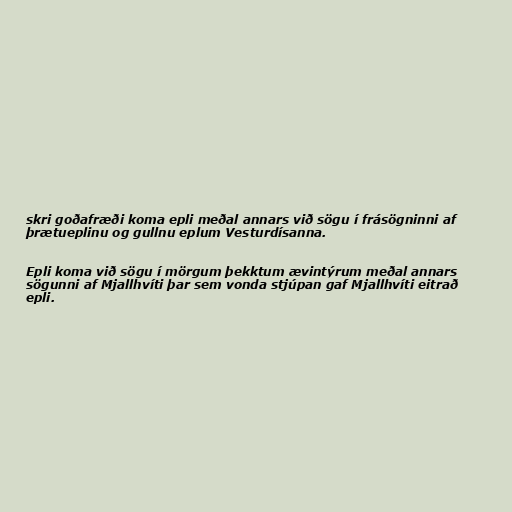
skri goðafræði koma epli meðal annars við sögu í frásögninni af
þrætueplinu og gullnu eplum Vesturdísanna.

Epli koma við sögu í mörgum þekktum ævintýrum meðal annars
sögunni af Mjallhvíti þar sem vonda stjúpan gaf Mjallhvíti eitrað
epli.